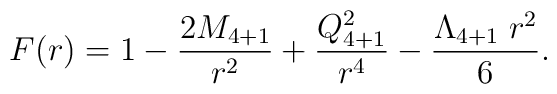
F(r) = 1 - {2M_{4+1}\over r^2} + {Q_{4+1}^2\over r^4} - {\Lambda_{4+1} \; r^2\over 6}.